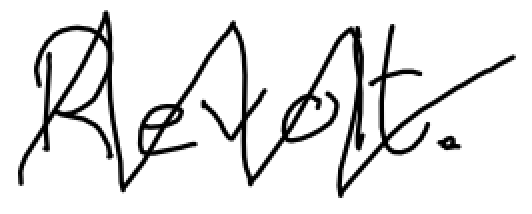
Text: Revolt.
Cross-out: zig-zag
Writing tool: digital_black